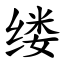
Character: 缕